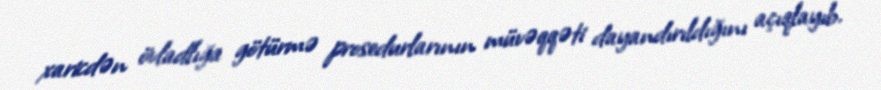
xaricdən övladlığa götürmə prosedurlarının müvəqqəti dayandırıldığını açıqlayıb.